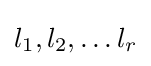
l_{1},l_{2},\dots l_{r}